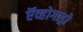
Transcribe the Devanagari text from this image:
ऍव्होगाड्रो